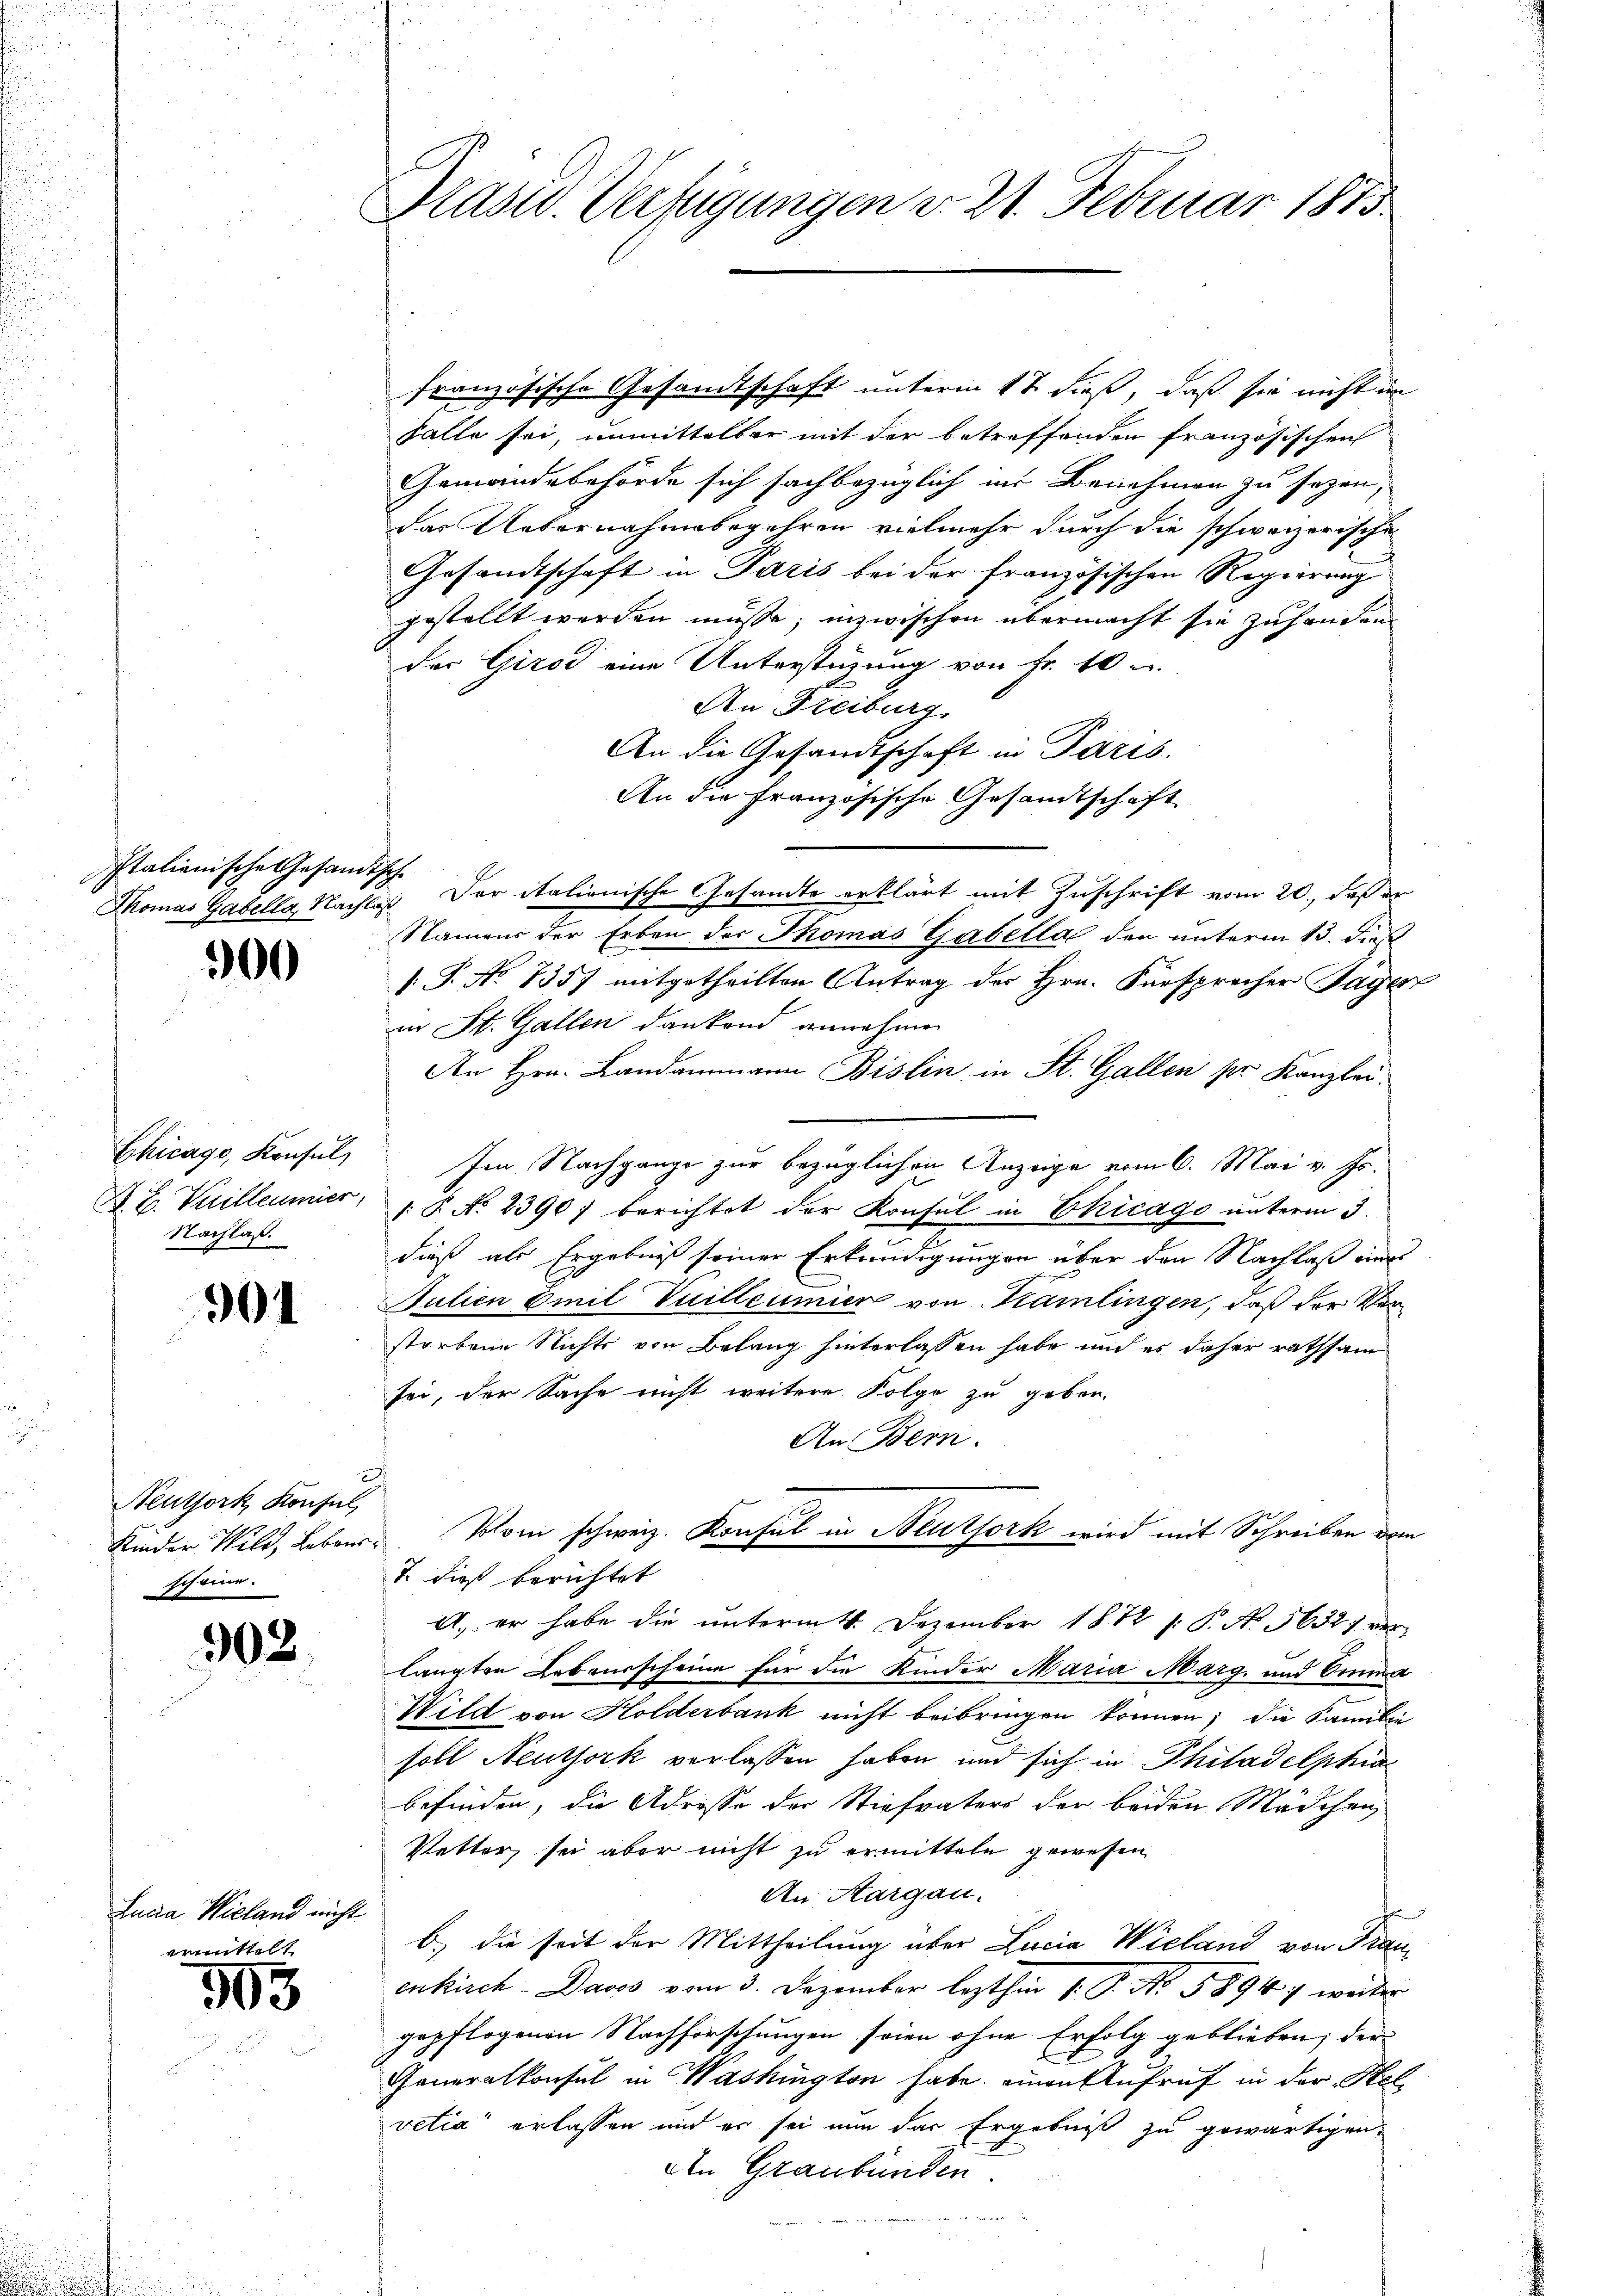
Italienische Gesandtsche

300

Chicago, Konsul
Nachlaß.

901

Neuthork, Konsul,
scheine.

902

Lucia Wieland nicht

ermittelt
303

Prasw. Verfügungen d. 21. Februar 1875.

französische Gesandtschaft unterm 17 dieß, daß sie nicht im
Falle sei, unmittelbar mit der betreffenden Französischen
Gemandebehörde sich sachbezüglich in Benehmen zu sezen,
das Uebernahmebegehren vielmehr durch die schweizerische
Gesandtschaft in Paris bei der französischen Regierung
gestellt werden müsse; inzwischen übermacht sie zuhanden
der Giro eine Unterstüzung von Fr. 10 u.
An Freiburg.
An die Gesandtschaft in Paris.
An die französische Gesandtschaft
Thomas Gabella, Nachlaß der italienische Gesandte erklärt mit Zuschrift vom 20., daß er
Namens der Erben der Thomas Gabella den unterm 13. dies
(T. No 8357 mitgetheilten Antrag der Hrn. Fürsprecher Tagen
in St. Gallen dankend annehmen
An Hrn. Landammann Bislin in St. Gallen pr. Kanzlei¬
Im Nachgange zur bezüglichen Anzeige vom 6. Mai v. Js.
A. E. Vuilleumier, 1 S. No 2390) berichtet der Konsul in Chicago unterm 3.
dieß als Ergebniß seiner Erkundigungen über den Nachlaß eines
Julien Emil Vuilleumier von Kamlingen, daß der Verstorbene Nichts von Belang hinterlassen habe und es daher rathsam
sei, der Sache nicht weitere Folge zu geben.
An Bern.
Kinder Wild, Leben. Vom schweiz. Konsul in Beutfork wird mit Schreiben vom
7 dieß berichtet
A. er habe die unterm 4. Dezember 1872 s. P. No. 5632. verlangten Lebensscheine für die Kinder Maria Marg. und Amma
Wild von Holderbank nicht beibringen können; die Familie
soll Neuthork verlassen haben, und sich in Philadelphias
befinden, die Adresse der Stiefvaters der beiden Mädchen,
Vetter, sei aber nicht zu ermitteln gewesen
An Aargau.
b.) die seit der Mittheilung über Lucia Wieland von Frau
enkirch- Davos vom 3. Dezember lezthin 1. P. No. 58947 weiter
gepflogenen Nachforschungen seien ohne Erfolg geblieben; der
Generalkonsul in Washington habe, einen Aufruf in der Stel
vetia" erlassen und er sei nun das Ergebniß zu gewärtigen,
den Graubünden.